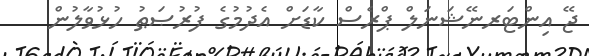
ޖޭ އިންޓަރނޭޝަނަލް ޕްރެސް ކާޑަށް އެދުމުގެ ފުރުޞަޠު ހުޅުވާލުން